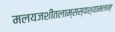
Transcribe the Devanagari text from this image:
मलयजशीतलाम्सस्यश्यामलाम्